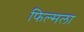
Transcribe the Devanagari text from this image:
फिल्मला